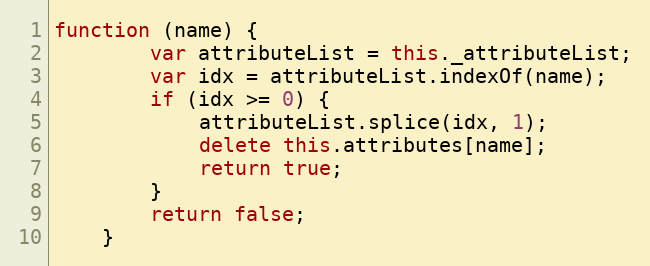
Language: JavaScript
function (name) {
        var attributeList = this._attributeList;
        var idx = attributeList.indexOf(name);
        if (idx >= 0) {
            attributeList.splice(idx, 1);
            delete this.attributes[name];
            return true;
        }
        return false;
    }